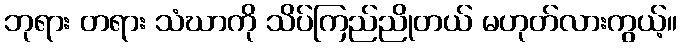
ဘုရား တရား သံဃာကို သိပ်ကြည်ညိုတယ် မဟုတ်လားကွယ့်။